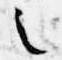
之